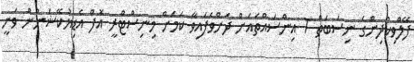
ފޭލްވިކުދިންގެ ނިސަބަތް 7 އިންސައްތައަށް ދަށްވެފައިވާ ކަމަށް މިނިސްޓްރީ އޮފް އެޑިޔުކޭޝަނުން ވަނީ